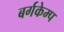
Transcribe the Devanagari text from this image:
बर्गकेम्प